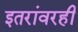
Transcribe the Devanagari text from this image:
इतरांवरही